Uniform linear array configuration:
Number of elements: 4
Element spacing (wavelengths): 0.25
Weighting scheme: blackman
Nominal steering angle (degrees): -30
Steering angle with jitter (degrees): -28.395
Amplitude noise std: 0.05
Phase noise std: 0.05

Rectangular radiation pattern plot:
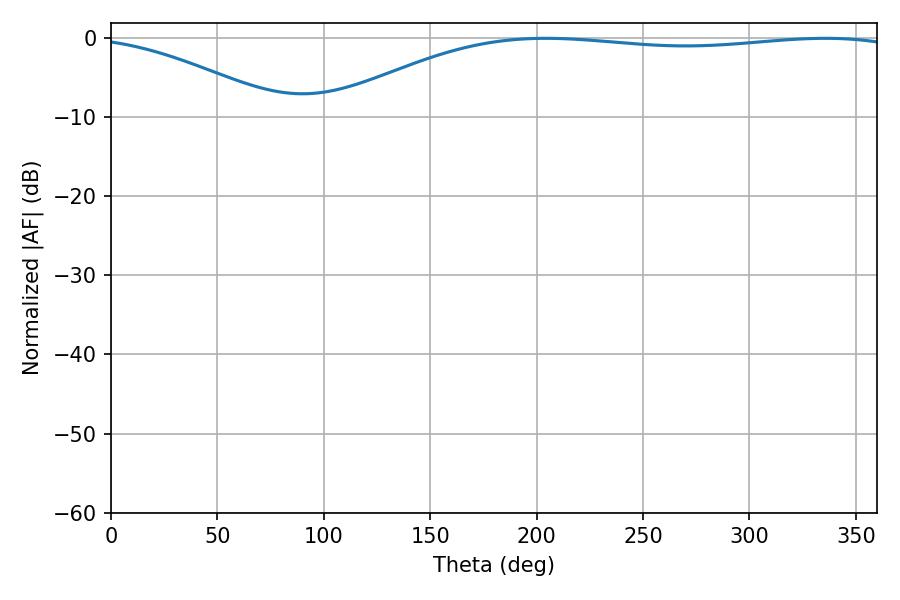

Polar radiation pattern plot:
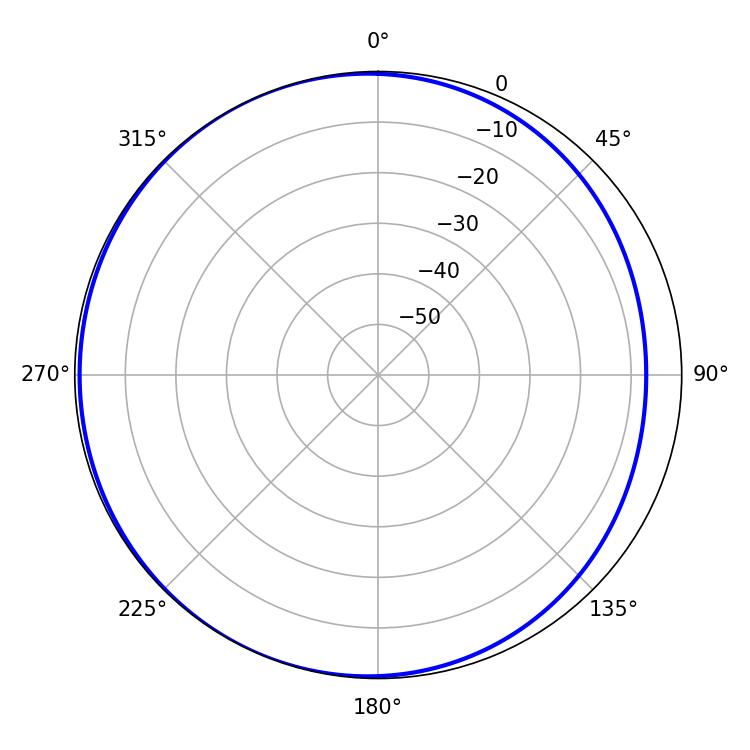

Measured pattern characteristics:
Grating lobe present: FALSE
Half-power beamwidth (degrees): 216
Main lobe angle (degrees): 204.3